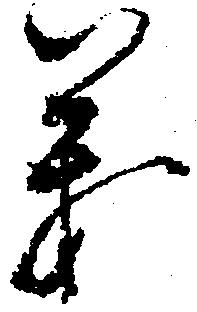
義